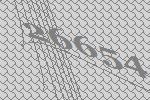
26654